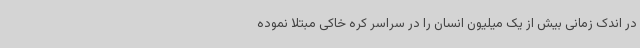
در اندک زمانی بیش از یک میلیون انسان را در سراسر کره خاکی مبتلا نموده